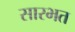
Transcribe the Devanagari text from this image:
सारभत